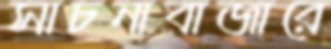
সাচনাবাজারে